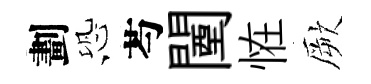
劃恐芍闉恠厥